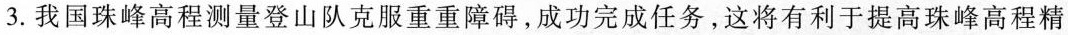
3.我国珠峰高程测量登山队克服重重障碍，成功完成任务，这将有利于提高珠峰高程精